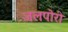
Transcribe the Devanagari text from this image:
जलपोरी